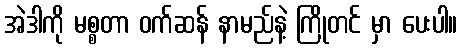
အဲဒါကို မစ္စတာ ဝက်ဆန် နာမည်နဲ့ ကြိုတင် မှာ ပေးပါ။